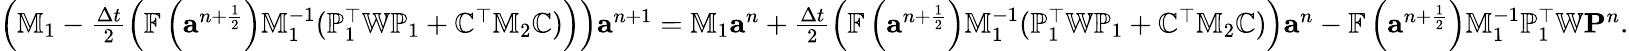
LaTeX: \begin{array}{r}{\left(\mathbb{M}_{1}-\frac{\Delta t}{2}\left(\mathbb{F}\left({\mathbf a}^{n+\frac{1}{2}}\right)\mathbb{M}_{1}^{-1}({\mathbb P}_{1}^{\top}\mathbb{W}{\mathbb P}_{1}+{\mathbb C}^{\top}\mathbb{M}_{2}{\mathbb C})\right)\right){\mathbf a}^{n+1}=\mathbb{M}_{1}{\mathbf a}^{n}+\frac{\Delta t}{2}\left(\mathbb{F}\left({\mathbf a}^{n+\frac{1}{2}}\right)\mathbb{M}_{1}^{-1}({\mathbb P}_{1}^{\top}\mathbb{W}{\mathbb P}_{1}+{\mathbb C}^{\top}\mathbb{M}_{2}{\mathbb C})\right){\mathbf a}^{n}-\mathbb{F}\left({\mathbf a}^{n+\frac{1}{2}}\right)\mathbb{M}_{1}^{-1}{\mathbb P}_{1}^{\top}\mathbb{W}{\mathbf P}^{n}.}\end{array}